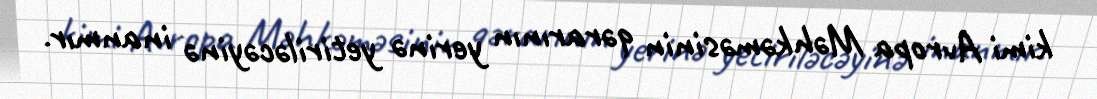
kimi Avropa Məhkəməsinin qərarının yerinə yetiriləcəyinə inanmır.